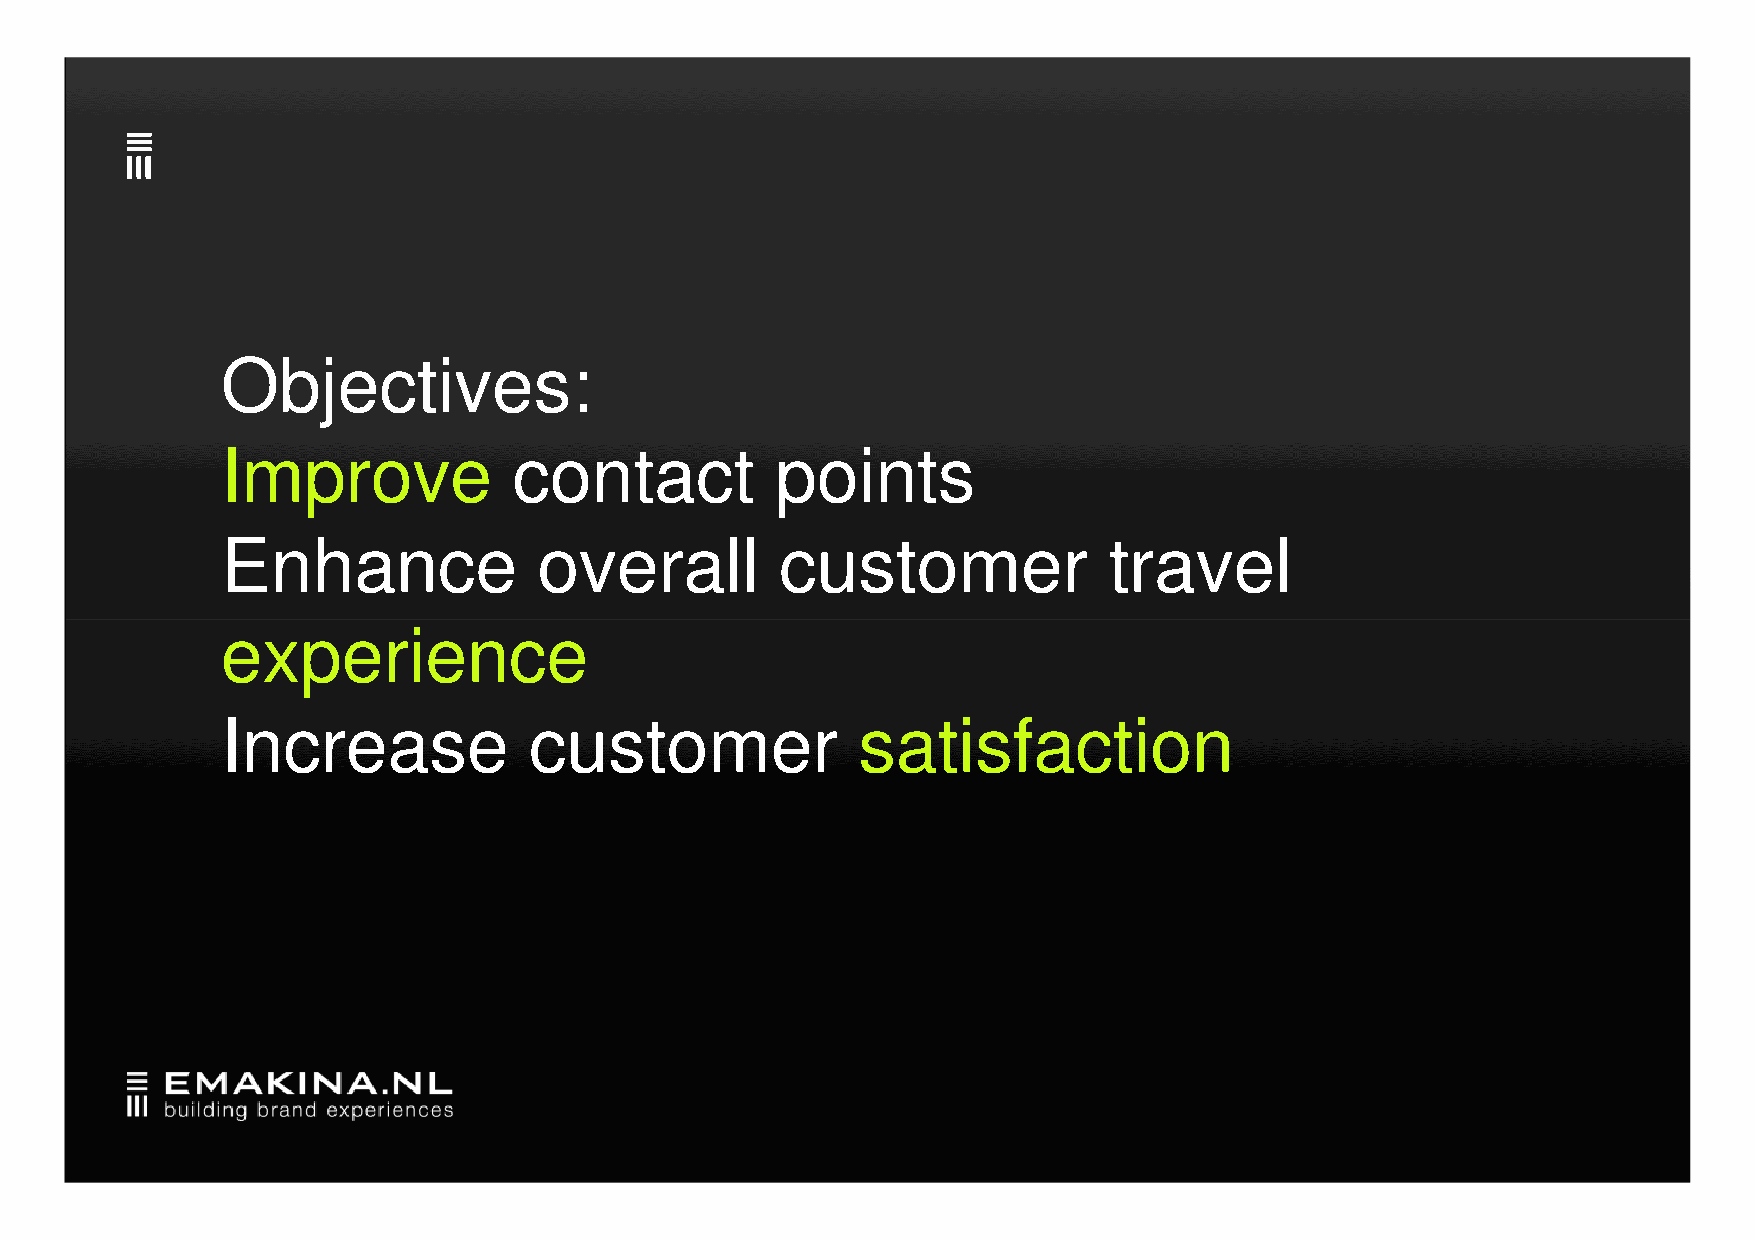
Objectives:
 Improve            contact          points
 Enhance              overall         customer             travel
 eexxppeerriieennccee
 Increase            customer              satisfaction